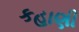
કહાણી